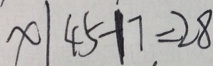
x \vert 4 5 - 1 7 = 2 8